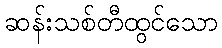
ဆန်းသစ်တီထွင်သော